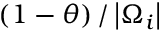
\left( 1 - \theta \right) / \left| \Omega _ { i } \right|